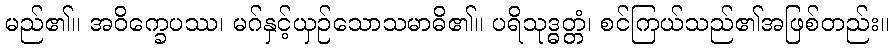
မည်၏။ အဝိက္ခေပဿ၊ မဂ်နှင့်ယှဉ်သောသမာဓိ၏။ ပရိသုဒ္ဓတ္တံ၊ စင်ကြယ်သည်၏အဖြစ်တည်း။